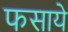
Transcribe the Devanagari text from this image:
फसाये